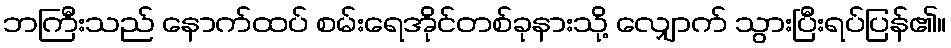
ဘကြီးသည် နောက်ထပ် စမ်းရေအိုင်တစ်ခုနားသို့ လျှောက် သွားပြီးရပ်ပြန်၏။